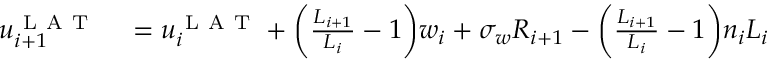
\begin{array} { r l } { u _ { i + 1 } ^ { \mathrm { ~ L ~ A ~ T ~ } } } & { { } = u _ { i } ^ { \mathrm { ~ L ~ A ~ T ~ } } + \bigg ( \frac { L _ { i + 1 } } { L _ { i } } - 1 \bigg ) w _ { i } + \sigma _ { w } R _ { i + 1 } - \bigg ( \frac { L _ { i + 1 } } { L _ { i } } - 1 \bigg ) n _ { i } L _ { i } } \end{array}